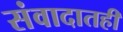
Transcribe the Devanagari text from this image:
संवादातही